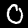
Digit: 0